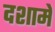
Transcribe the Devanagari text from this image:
दशामें